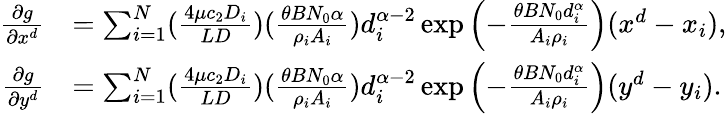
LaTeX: \begin{array}{rl}{\frac{\partial g}{\partial x^{d}}}&{=\sum_{i=1}^{N}(\frac{4\mu c_{2}D_{i}}{LD})(\frac{\theta BN_{0}\alpha}{\rho_{i}A_{i}})d_{i}^{\alpha-2}\exp{\left(-\frac{\theta BN_{0}d_{i}^{\alpha}}{A_{i}\rho_{i}}\right)}(x^{d}-x_{i}),}\\ {\frac{\partial g}{\partial y^{d}}}&{=\sum_{i=1}^{N}(\frac{4\mu c_{2}D_{i}}{LD})(\frac{\theta BN_{0}\alpha}{\rho_{i}A_{i}})d_{i}^{\alpha-2}\exp{\left(-\frac{\theta BN_{0}d_{i}^{\alpha}}{A_{i}\rho_{i}}\right)}(y^{d}-y_{i}).}\end{array}